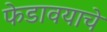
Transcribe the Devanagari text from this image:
फेडावयाचे